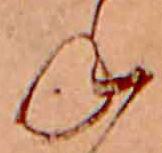
ね